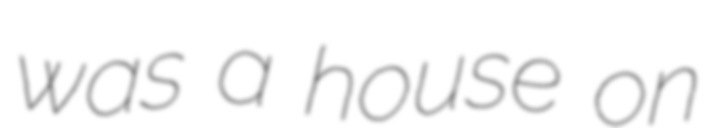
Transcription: was a house on